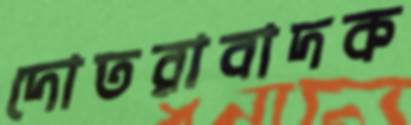
দোতরাবাদক